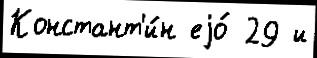
Констант'и́н еjо́ 29 и